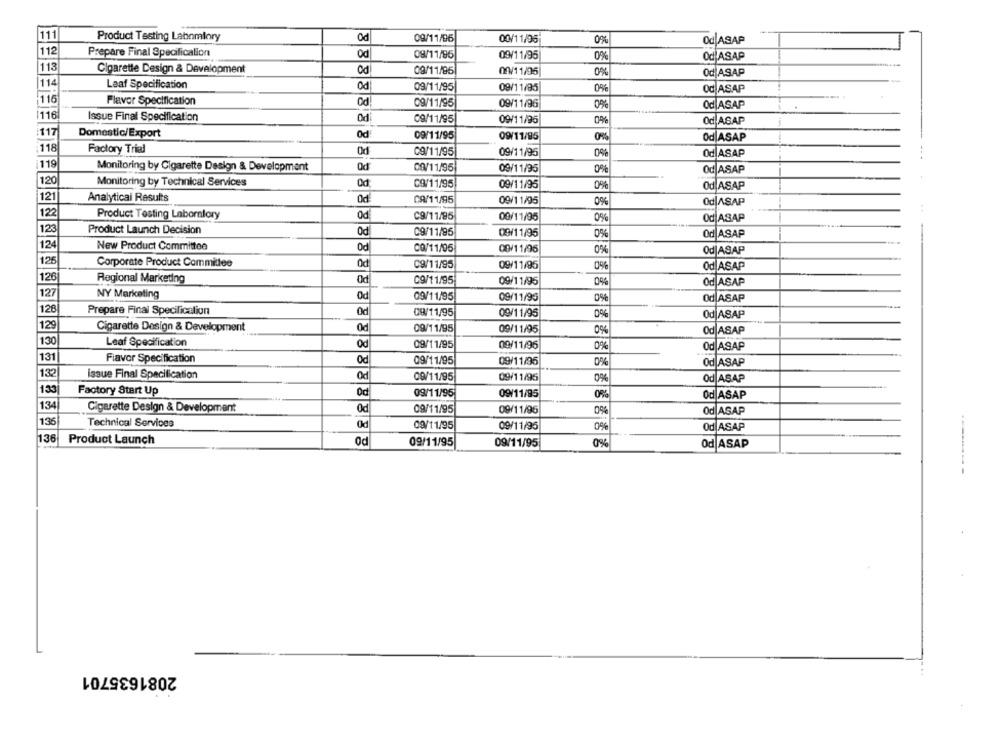
111
Product Testing Lahnmiory
09/11/96
00/11/95
0%
Od ASAP
112
Prepare Final Specification
Od
09/11/95
09/11/95
0%
OdjASAP
113
Cigarette Design & Development
Od
09/11/96
09/11/95
0%
Od ASAP
114
Laaf Specification
Od
09/11/95
09/11/95
0%
Od ASAP
116
Flavor Specification
09/11/95
09/11/96
0%
Od ASAP
1116
Issue Final Specification
Od
09/11/95
0%
09/11/95
Od ASAP
117
Domestic/Export
Od
09/11/95
09/11/95
0%
Od ASAP
118
Factory Trial
Od
09/11/95
09/11/95
0%
Od ASAP
119
Monitoring by Cigarette Design & Development
Od
00/11/95
09/11/95
0%
Od ASAP
120
Monitoring by Technical Services
0d
C9/11/95
09/11/95
0%
Od ASAP
121
Analyticai Results
CA/11/95
09/11/95
0%
Od|ASAP
122
Product Testing Laboratory
C9/11/95
00/11/95
0%
Od ASAP
123
Product Launch Decision
Od
C9/11/95
09/11/95
0%
Od ASAP
124
New Product Committee
Od
CO/11/05
00/11/96
0%
Od|ASAP
126
Corporate Product Committee
Od
09/11/95
09/11/95
Od ASAP
126
Regional Marketing
09/11/95
09/11/95
0%
Od ASAP
127
NY Mariceting
Od
09/11/95
09/11/95
Od ASAP
12€
Prepare Final Specification
Od
09/11/95
09/11/95
0%
Od|ASAP
129
Cigarette Design & Development
09/11/95
09/11/95
0%
Od ASAP
130
Leaf Specification
Od
09/11/95
09/11/96
0%
Od ASAP
131
Flavor Specification
Od
09/11/95
09/11/96
Od ASAP
132
issue Final Specification
09/11/95
09/11/95
od ASAP
133
Factory Start Up
09/11/95
09/11/95
0%
Od ASAP
134
Cigarette Design & Development
Od
09/11/95
09/11/96
Od ASAP
136
Technical Services
Od
09/11/95
09/11/95
0%
Od ASAP
11:36
Product Launch
Od
09/11/95
09/11/95
0%
Od ASAP
2081635701